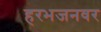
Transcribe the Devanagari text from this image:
हरभजनवर